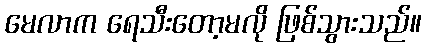
မေလာက ရေသီးတော့မလို ဖြစ်သွားသည်။